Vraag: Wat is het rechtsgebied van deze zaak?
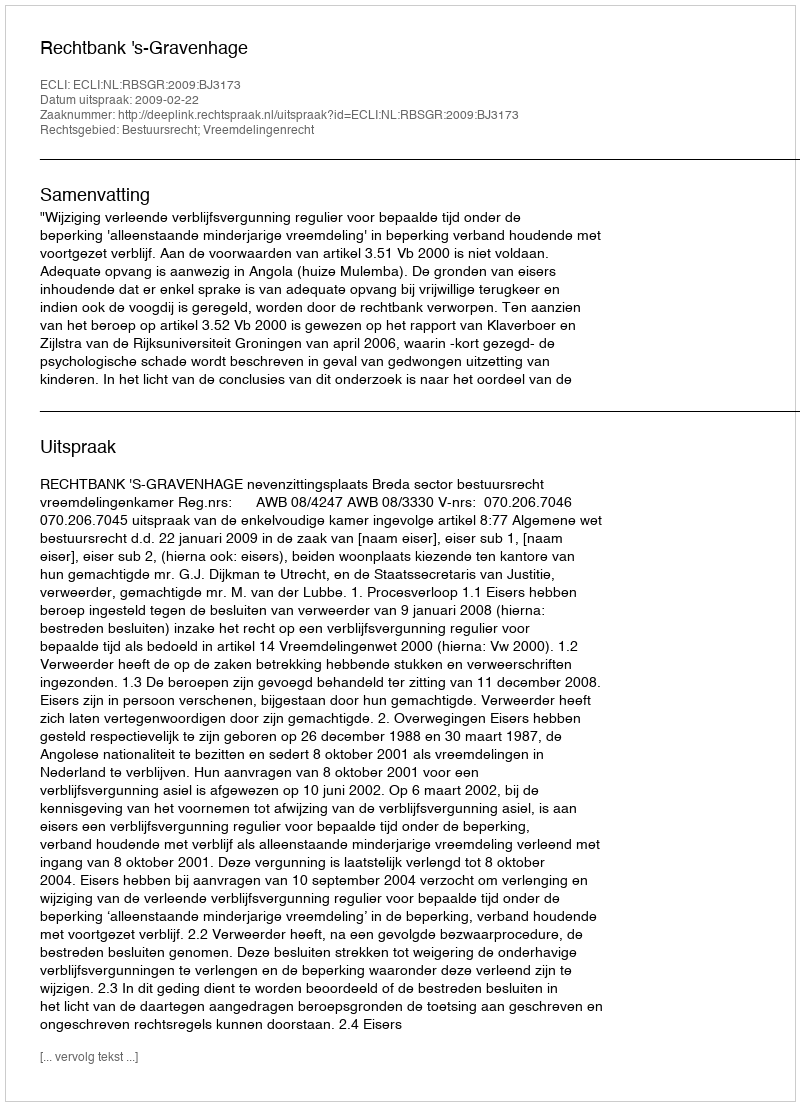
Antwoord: Bestuursrecht; Vreemdelingenrecht